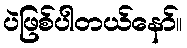
ပဲဖြစ်ပါတယ်နော်။